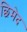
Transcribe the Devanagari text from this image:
छिमेद